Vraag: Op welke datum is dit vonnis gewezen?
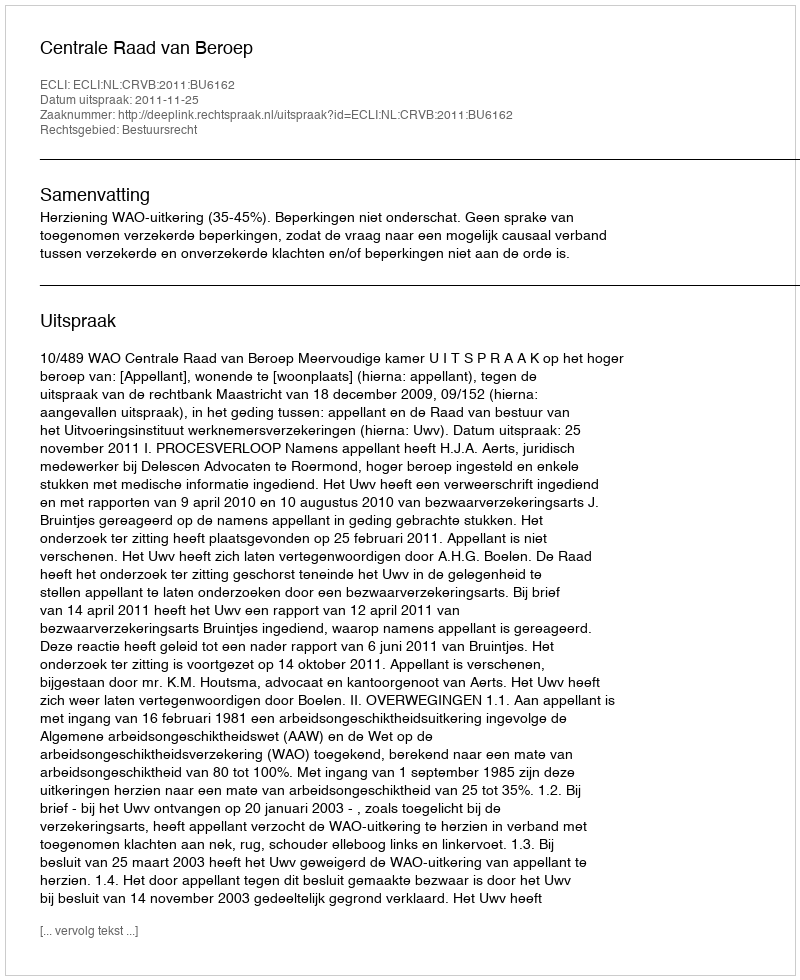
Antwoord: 2011-11-25